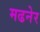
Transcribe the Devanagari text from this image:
मढनेर